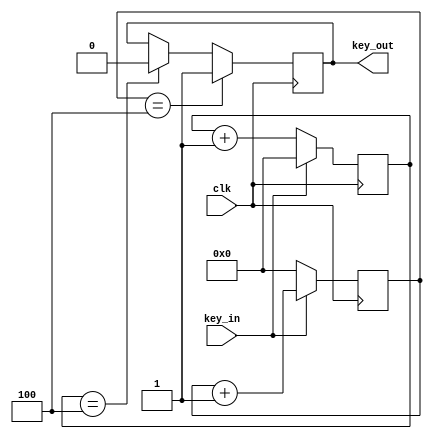
`timescale 1ns / 1ps
//////////////////////////////////////////////////////////////////////////////////
// Company: 
// Engineer: 
// 
// Design Name: 
// Module Name: key_fangdou
// Project Name: 
// Target Devices: 
// Tool Versions: 
// Description: 
// 
// Dependencies: 
// 
// Revision:
// Revision 0.01 - File Created
// Additional Comments:
// 
//////////////////////////////////////////////////////////////////////////////////


module key_fangdou(clk,key_in,key_out);
parameter SAMPLE_TIME = 4;
    input clk;
    input key_in;
    output key_out;

    reg [21:0] count_low;
    reg [21:0] count_high;

    reg key_out_reg;

    always @(posedge clk) begin
        if(key_in ==1'b0)
            count_low <= count_low + 1;
        else
            count_low <= 0;
    end
    
    always @(posedge clk) begin
        if(key_in ==1'b1)
            count_high <= count_high + 1;
        else
            count_high <= 0;
    end
    
    always @(posedge clk) begin
        if(count_high == SAMPLE_TIME)
            key_out_reg <= 1;
        else if(count_low == SAMPLE_TIME)
            key_out_reg <= 0;
    end
    
    assign key_out = key_out_reg;
endmodule